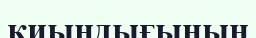
қиындығының